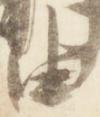
由